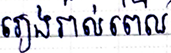
រៀងរាល់ពេល